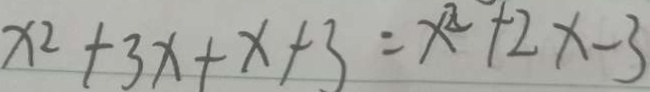
x ^ { 2 } + 3 x + x + 3 = x ^ { 2 } + 2 x - 3